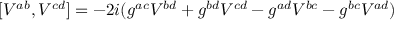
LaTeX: [ V ^ { a b } , V ^ { c d } ] = - 2 i ( g ^ { a c } V ^ { b d } + g ^ { b d } V ^ { c d } - g ^ { a d } V ^ { b c } - g ^ { b c } V ^ { a d } )